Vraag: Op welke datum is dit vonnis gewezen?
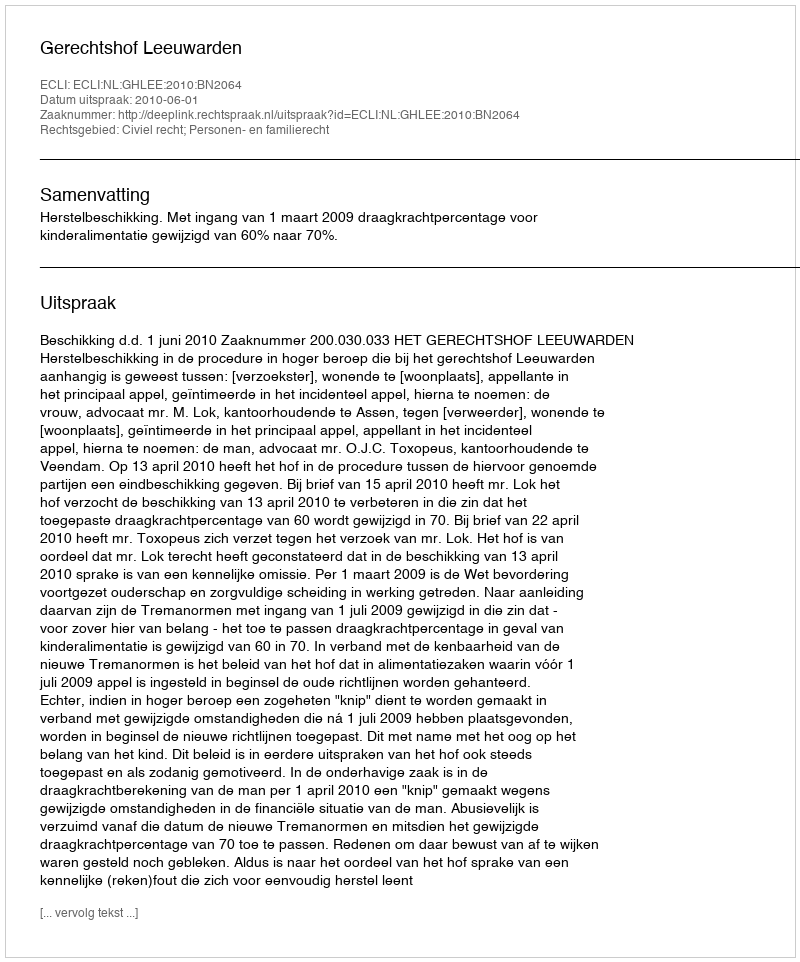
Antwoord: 2010-06-01